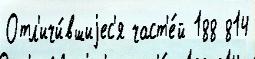
Отл'ичи́вшиjес'я част'е́й 188 814